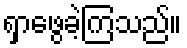
ရှာဖွေခဲ့ကြသည်။